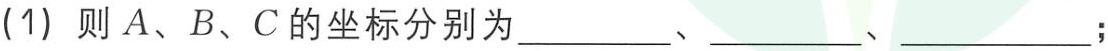
(1) 则 \(A、B、C\) 的坐标分别为  、  、  ；